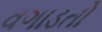
વગાડતો